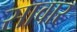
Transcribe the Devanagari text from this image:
सावार